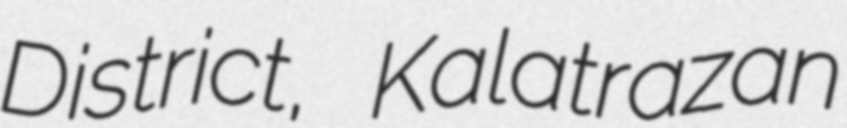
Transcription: District, Kalatrazan